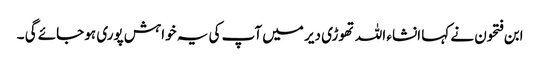
ابن فتحون نے کہا انشاء اللہ تھوڑی دیر میں آپ کی یہ خواہش پوری ہو جائے گی ۔